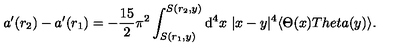
a ^ { \prime } ( r _ { 2 } ) - a ^ { \prime } ( r _ { 1 } ) = - \frac { 1 5 } { 2 } \pi ^ { 2 } \int _ { S ( r _ { 1 } , y ) } ^ { S ( r _ { 2 } , y ) } \mathrm { d } ^ { 4 } x \ | x - y | ^ { 4 } \langle \Theta ( x ) T h e t a ( y ) \rangle .